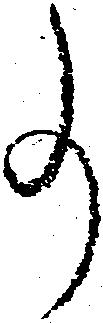
事